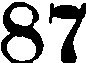
87